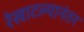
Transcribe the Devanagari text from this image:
रेखाटल्यानंतर